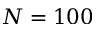
N = 1 0 0